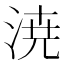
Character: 𣷝